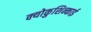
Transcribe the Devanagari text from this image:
क्योकुशिन्काई